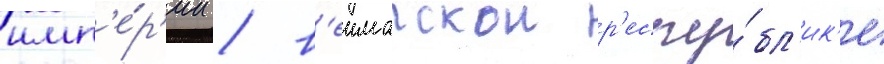
имп'е́р'ии / в'еимарскои р'еспу́бл'ик'е